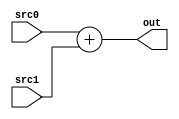
module adder (src0,src1,out);
//ports
	input [15:0] src0;
	input [15:0] src1;
	output[15:0] out;
	assign out=src0+src1;
endmodule